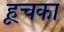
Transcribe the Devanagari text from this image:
हूचका